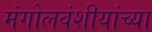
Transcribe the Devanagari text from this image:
मंगोलवंशीयांच्या